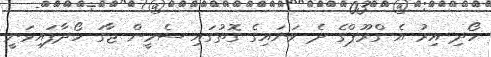
ހޯދި އިރު އެ ގްރޫޕްގެ ދެ ވަނައިގެ ގޮތުގައި ސެމީން ޖާގަ ހޯދާފައިވަނީ